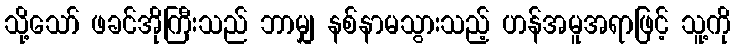
သို့သော် ဖခင်အိုကြီးသည် ဘာမျှ နစ်နာမသွားသည့် ဟန်အမူအရာဖြင့် သူ့ကို